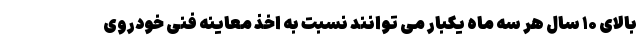
بالای ۱۰ سال هر سه ماه یکبار می توانند نسبت به اخذ معاینه فنی خودروی